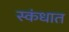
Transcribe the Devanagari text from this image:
स्कंधात